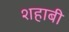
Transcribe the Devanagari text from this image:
शहाबी